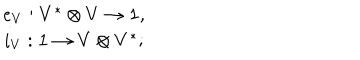
LaTeX: \begin{array} { c } { { e _ { V } : V ^ { * } \otimes V \to { \bf 1 } , } } \\ { { i _ { V } : { \bf 1 } \to V \otimes V ^ { * } ; } } \\ \end{array}